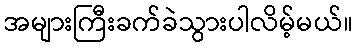
အများကြီးခက်ခဲသွားပါလိမ့်မယ်။